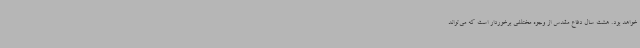
خواهد بود. هشت سال دفاع مقدس از وجوه مختلفی برخوردار است که می‌تواند